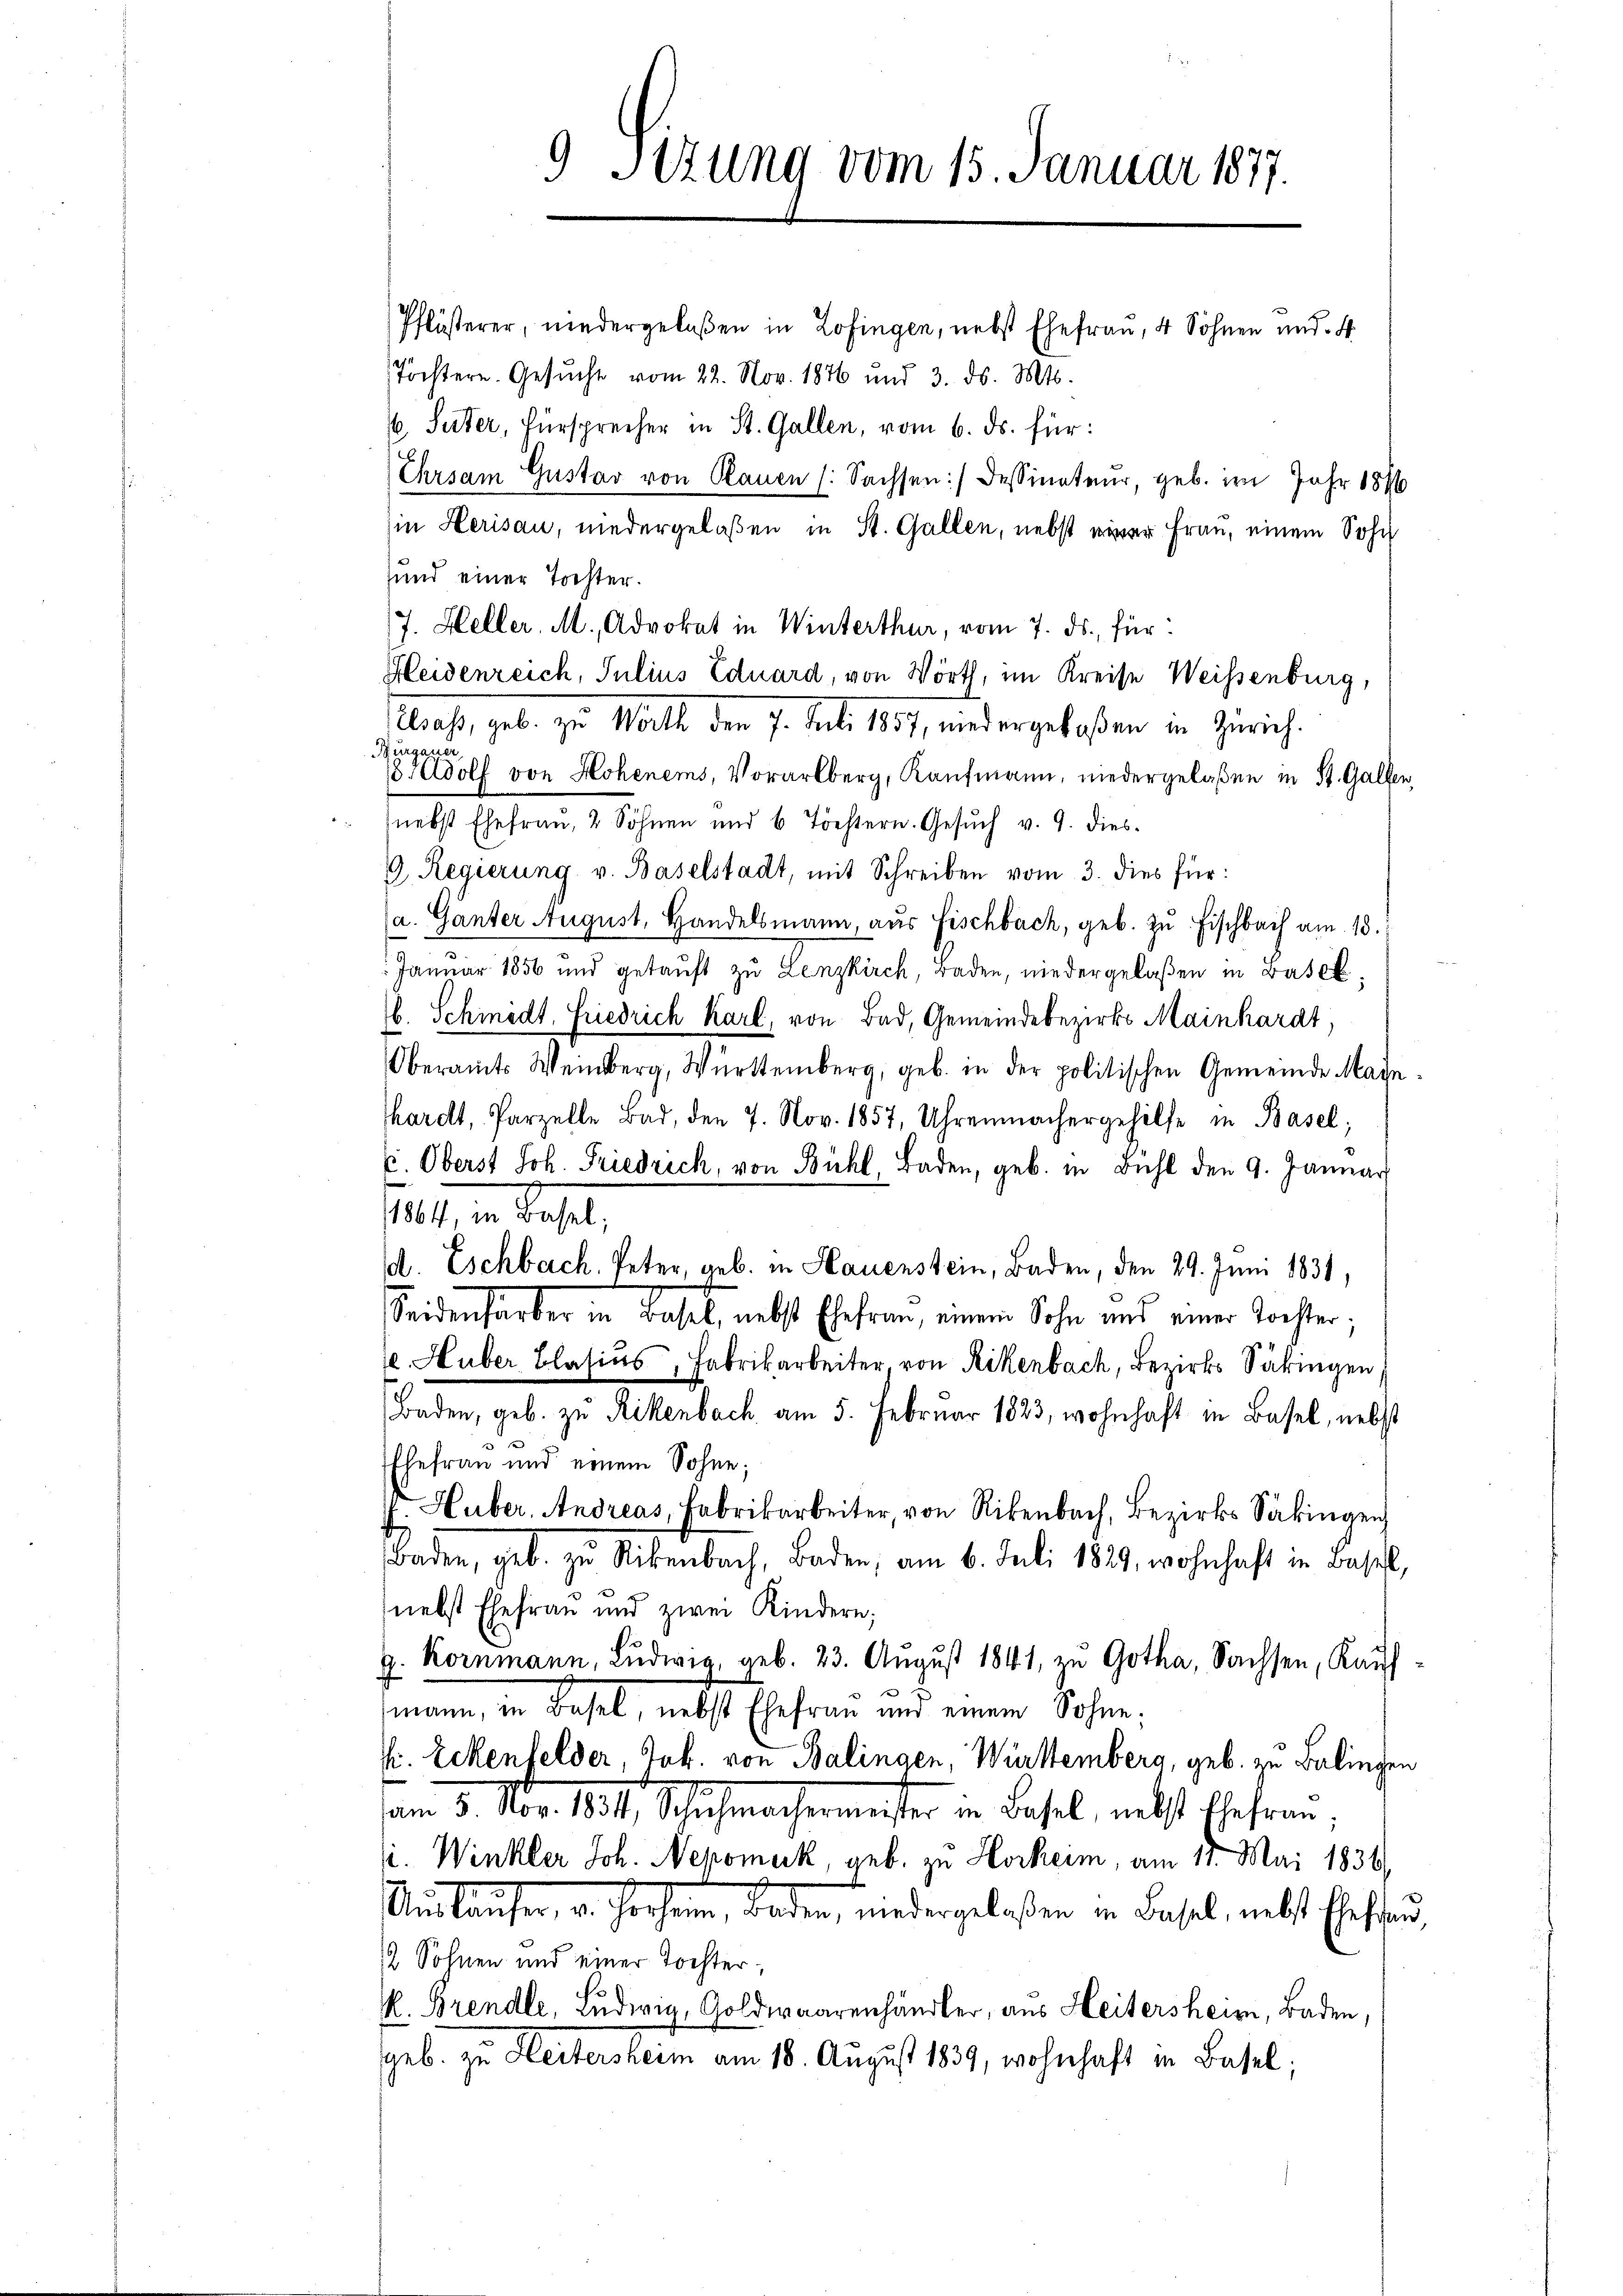
Pflüsterer, niedergelaßen in Zofingen, nebst Ehefrau, 4 Söhnen und St.
Tochtern. Gesŭche vom 22. Nov. 1876 und 3. ds. Mts.
 Seiter, Fürsprecher in St. Gallen, vom 6. ds. für:
Ehrsam Gustav von Plauen (: Sachsen :/ dessinateur, geb. im Jahr 1896
in Herisau, niedergelaßen in St. Gallen, nebst einer Frau, einem Sohn
sund einer Tochter.
J. Heller, M. Advokat in Winterthur, vom 7. ds., für:
Heidenreich, Julius Eduard, von Wörth, im Kreise Weissenburg,
Elsaß, geb. zu Watt den 7. Juli 1857, wiedergelaßen in Zürich.
urgauer,
8Adolf von Hohenems, Vorarlberg, Kaufmann, niedergelaßen in St. Gallen,
nebst Ehefrau, 2 Söhnen und 6 Töchtern. Gesŭch v. 9. dies
9. Regierung v. Baselstadt, mit Schreiben vom 3. dies für:
a. Ganter August, Handelsmann, aŭs Fischbach, geb. zu Fischbach am 13.
 Januar 1856 und getauft zu Lenzkirch, raden, niedergelaßen in Baselb. Schiedt. Friedrich Karl, von Bad, Gemeindebezirks Mainhardt,
Oberamts Weinberg, Württemberg, geb. in der politischen Gemeinde Maje-
hardt, Parzelle Bad, den 7. Nov. 1857, Uhrenmachergehilfe in Basel;
E. Oberst Joh. Friedrich, von Bühl, Baden, geb. in Bühl den 9. Januar
121, in Basel,
d. Eschbach. Peter, geb. in Hauenstein, Baden, den 29. Juni 1831,
Seidenfarber in Basel, nebst Ehefrau, einem Sohn und einer Tochter;
. Huber Blasius, Fabrikarbeiter, von Rikenbach, Bezirks Säkingen:
Baden, geb. zu Rikenbach am 5. Februar 1823, wohnhaft in Basel, nebst
.
Ehefrau und einem Sohne;
. Huber, Andreas, Fabrikarbeiter, von Rikenbach, Bezirks Säkingen
Baden, geb. zu Rikenbach, Baden, am 6. Juli 1829, wohnhaft in Basel,
(nebst Ehefrau und zwei Kindern;
g. Kornmann, Ludwig, geb. 23. August 1841, zu Gotha, Sachsen, Kaufmann, in Basel, nebst Ehefrau und einem Sohne
E. Eckenfelder, Jok. von Balingen, Württemberg, geb. zu Balingen
am 3. Nov. 1831, Schachmachermeister in Basel, nebst Ehren,
i. Winkler Joh. Nepomuk, geb. zu Horkeim, am 11. Mai 1836
Auslaufen, u. hohenne, Baden, niedergelaßen in Basel, nebst Ehestand,
2 Söhnen und einer Tochter,
 Brendle, Ludwig, Goldwaarenhändler, aus Heitersheim, Baden,
geb. zu Heitersheim am 18. August 1839, wohnhaft in Basel;

9 Sizung vom 15. Januar 1877.